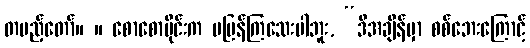
တပည့်တော်။ ။ စောစောပိုင်းက မပြန်ကြသေးပါဘူး, “ဒီအချိန်မှာ စစ်ဘေးကြောင့်